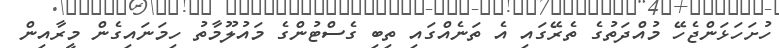
ހުށަހަޅަންޖެހޭ މުއްދަތުގެ ތެރޭގައި އެ ތަނެއްގައި ތިބި ގެސްޓުންގެ މައުލޫމާތު ހިމަނައިގެން މީރާއިން